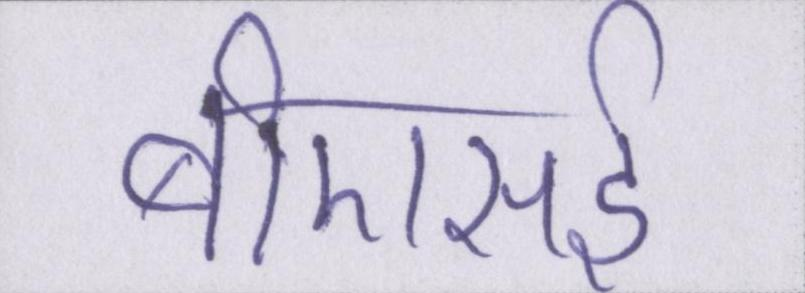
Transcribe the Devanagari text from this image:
बीएसई